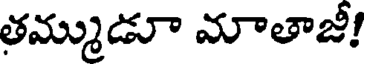
తమ్ముడూ మాతాజీ!